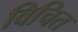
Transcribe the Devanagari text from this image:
विचित